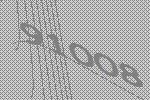
91008